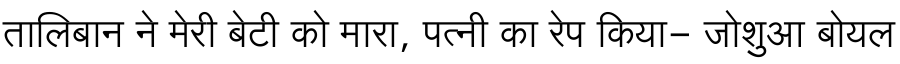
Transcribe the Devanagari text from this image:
तालिबान ने मेरी बेटी को मारा, पत्नी का रेप किया- जोशुआ बोयल